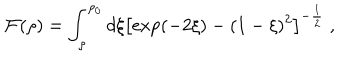
LaTeX: { \cal F } ( \rho ) = \int _ { \rho } ^ { \rho _ { 0 } } d \xi \left[ \exp ( - 2 \xi ) - ( 1 - \xi ) ^ { 2 } \right] ^ { - { \frac { 1 } { 2 } } } ~ ,